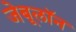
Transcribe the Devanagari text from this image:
जेबूलॉन